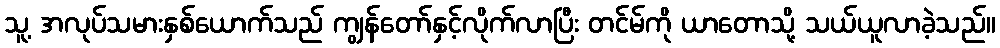
သူ့ အလုပ်သမားနှစ်ယောက်သည် ကျွန်တော်နှင့်လိုက်လာပြီး တင်မ်ကို ယာတောသို့ သယ်ယူလာခဲ့သည်။